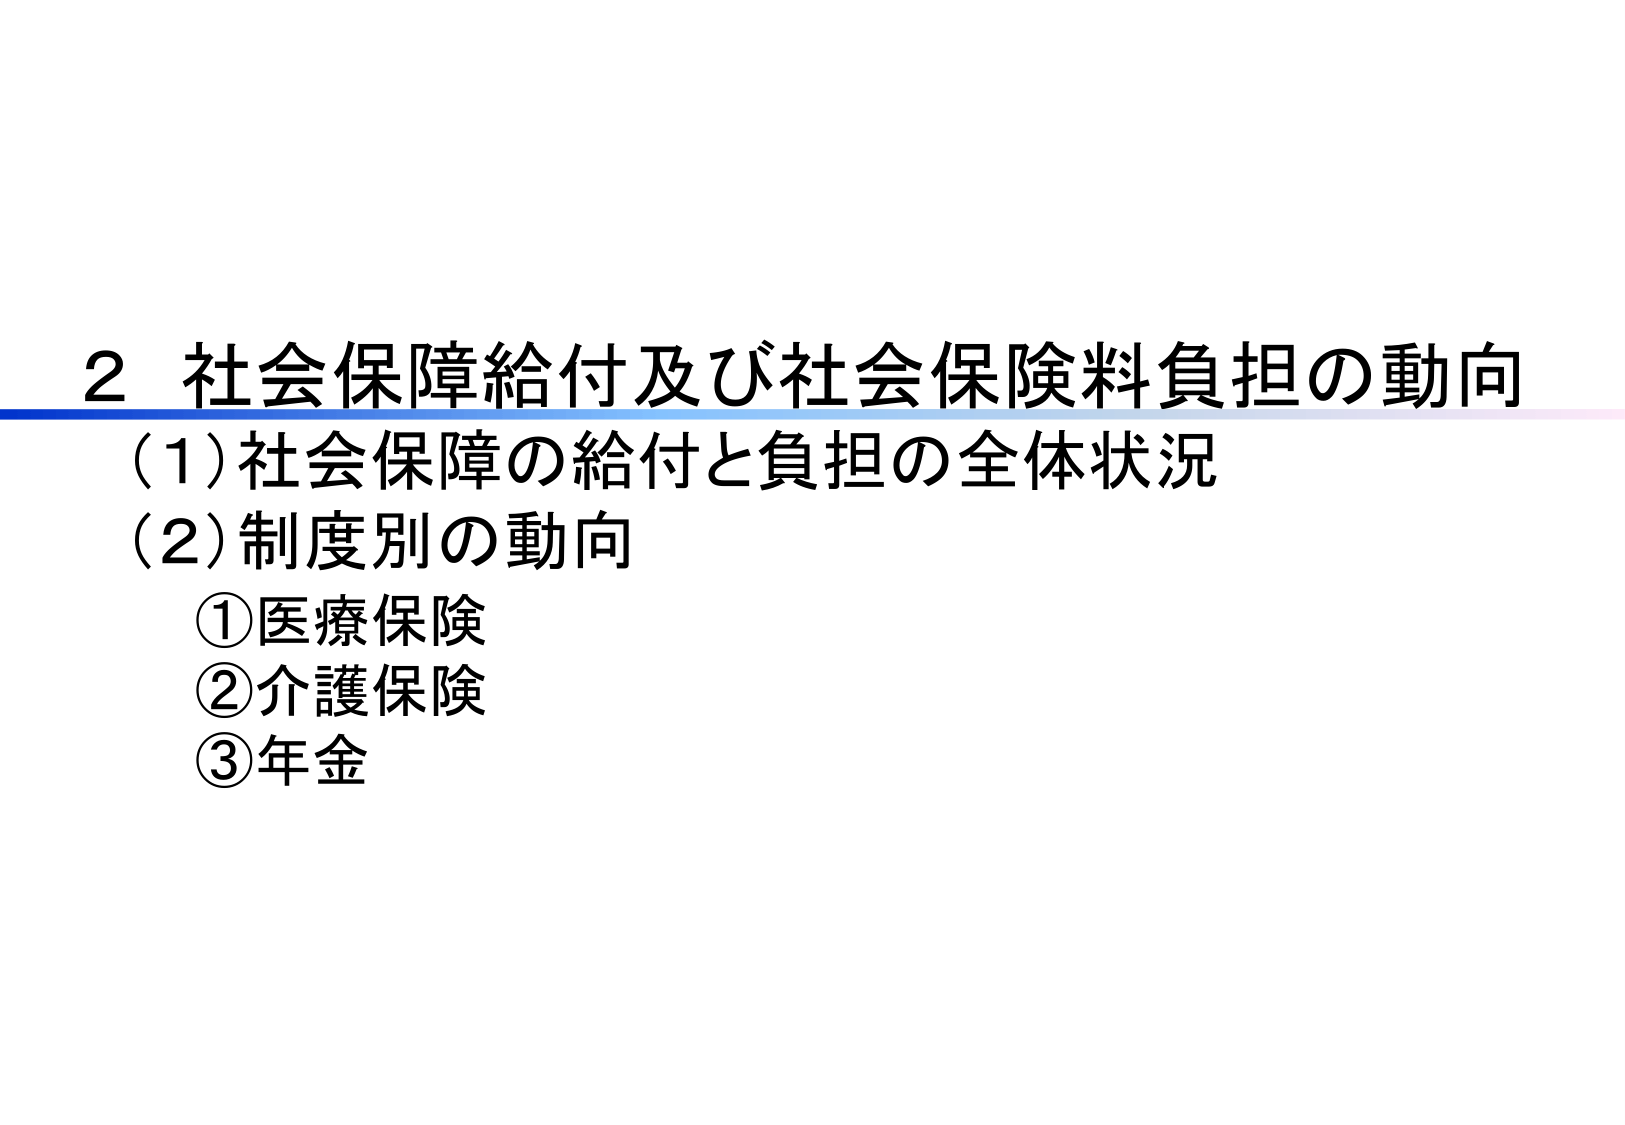
2 社会保障給付及び社会保険料負担の動向
(1) 社会保障の給付と負担の全体状況
(2) 制度別の動向
① 医療保険
② 介護保険
③ 年金